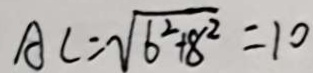
A C = \sqrt { 6 ^ { 2 } + 8 ^ { 2 } } = 1 0